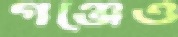
গঞ্জেও